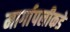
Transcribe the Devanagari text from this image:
मार्गापलीकडे